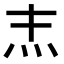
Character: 𤆖